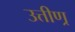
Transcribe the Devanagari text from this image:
उत्तीण्र